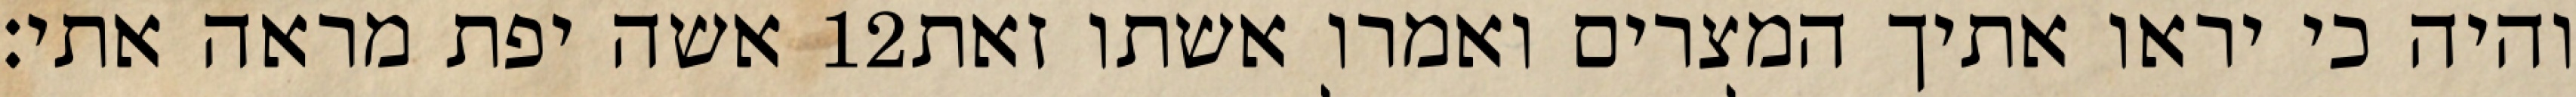
אשה יפת מראה אתי׃ ‎12‏ והיה כי יראו אתיך המצרים ואמרו אשתו זאת